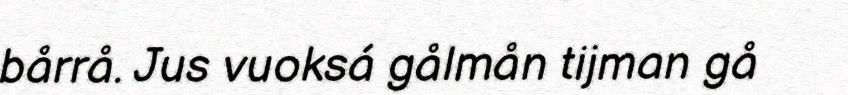
bårrå. Jus vuoksá gålmån tijman gå